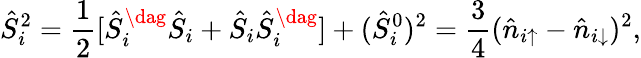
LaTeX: \hat{S}_{i}^{2}=\frac{1}{2}[\hat{S}_{i}^{\dag}\hat{S}_{i}+\hat{S}_{i}\hat{S}_{i}^{\dag}]+(\hat{S}_{i}^{0})^{2}=\frac{3}{4}(\hat{n}_{i\uparrow}-\hat{n}_{i\downarrow})^{2},